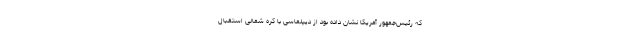
که رئیس‌جمهور آمریکا نشان داده بود از دیپلماسی با کره شمالی استقبال